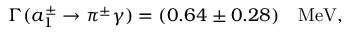
\Gamma ( a _ { 1 } ^ { \pm } \rightarrow \pi ^ { \pm } \gamma ) = ( 0 . 6 4 \pm 0 . 2 8 ) ~ ~ ~ \mathrm { M e V } ,